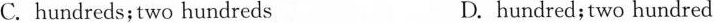
C. hundreds;two hundreds D.hundred;two hundred